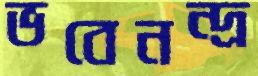
ভবেনন্দ্র